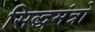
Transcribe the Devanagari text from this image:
सिद्धमंत्रो